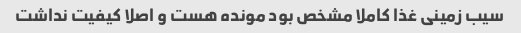
سیب زمینی غذا کاملا مشخص بود مونده هست و اصلا کیفیت نداشت